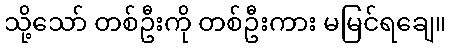
သို့သော် တစ်ဦးကို တစ်ဦးကား မမြင်ရချေ။